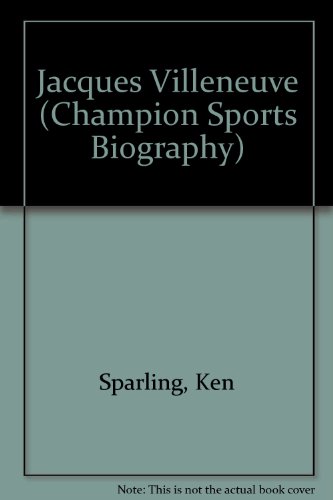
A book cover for Jacques Villeneuve (Champion Sports Biography); Ken Sparling; Teen & Young Adult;